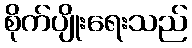
စိုက်ပျိုးရေးသည်